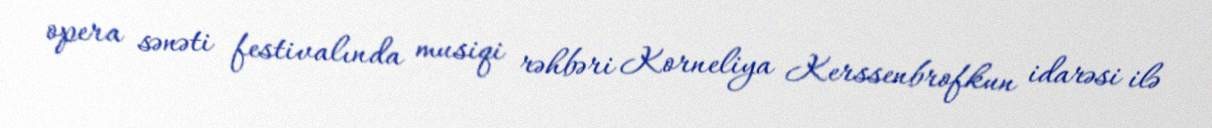
opera sənəti festivalında musiqi rəhbəri Korneliya Kerssenbrofkun idarəsi ilə